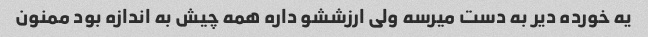
یه خورده دیر به دست میرسه ولی ارزششو داره همه چیش به اندازه بود ممنون